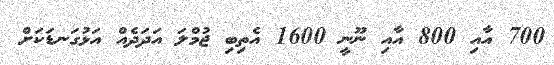
700 އާއި 800 އާއި ނޫނީ 1600 އެތިބި ޖުމްލަ އަދަދެއް އަޅުގަނޑަކަށް